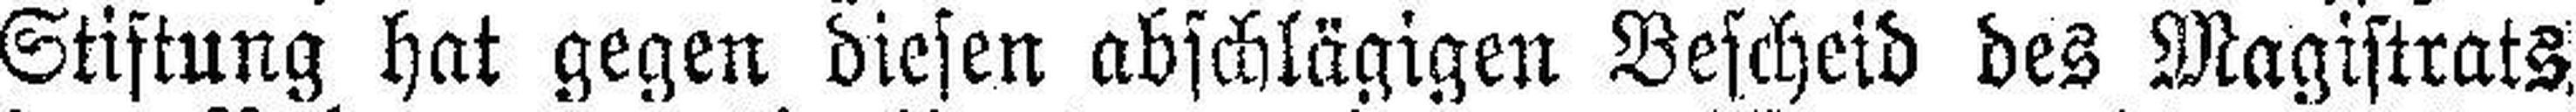
Stiftung hat gegen diesen abschlägigen Bescheid des Magistrats